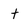
Character: t